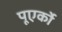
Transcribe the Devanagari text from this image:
पूएर्को